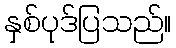
နှစ်ပုဒ်ပြသည်။